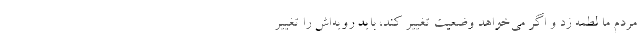
مردم ما لطمه زد و اگر می‌خواهد وضعیت تغییر کند، باید رویه‌اش را تغییر